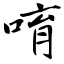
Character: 唷